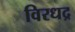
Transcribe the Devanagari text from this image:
विरधद्र